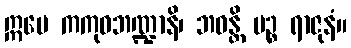
ဣမေ ကကုဓဘဏ္ဍာနိ၊ ဘဝန္တိ ပဉ္စ ရာဇုနံ။